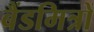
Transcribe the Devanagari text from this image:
बैंडमित्रों